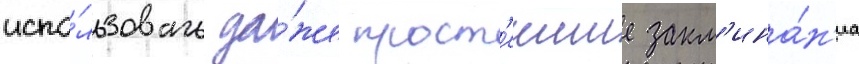
испо́льзовать да́же прост'еишие закл'ина́н'иа